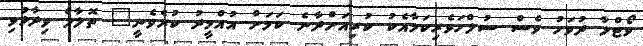
ވޯޓްލާ ދުވަހު ވެސް ސުލްހަވެރިކަމާއެކު ކުރިއަށްދާނެ ކަމަށް އުއްމީދު ކުރެވެނީ" ތޮލާލް ވިދާޅުވި